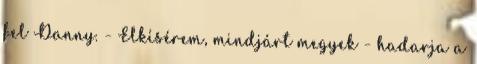
fel Danny. - Elkísérem, mindjárt megyek - hadarja a